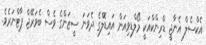
އެކްސެލް އެނާޖީ ޑްރިންކްއަކީ މޯލްޑިވިއަން އައިޑޮލްގެ ދެވަނަ ސީޒަންގެ ވެސް ބެވަރޭޖް ޕާޓްނަރެވެ.